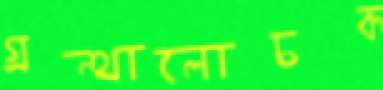
গ্রন্থালোচক